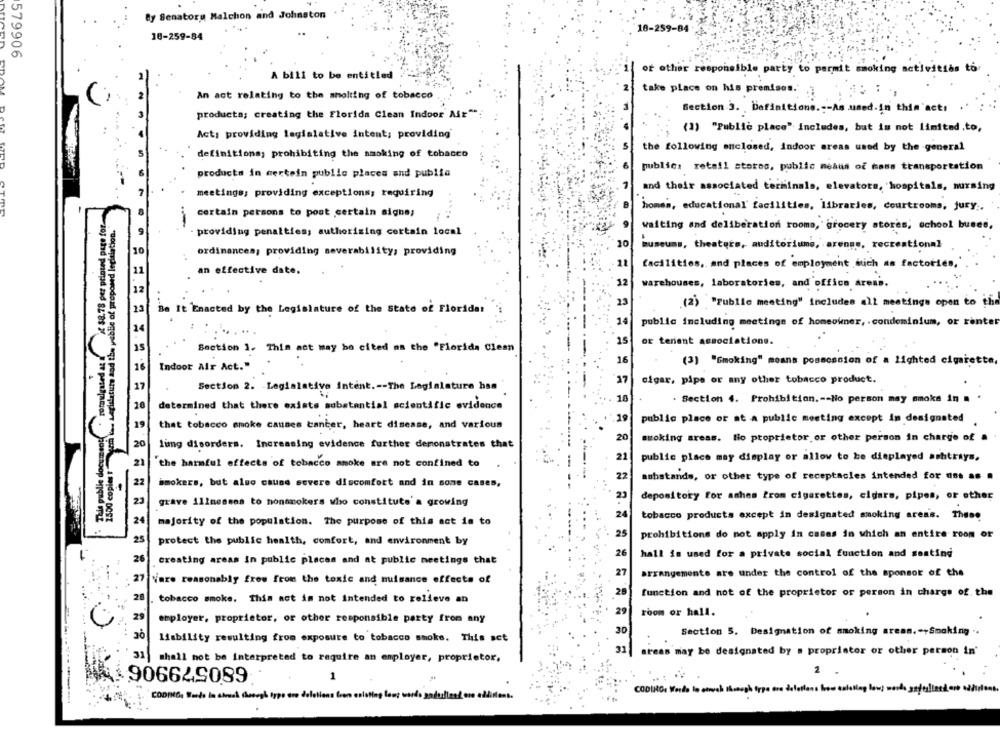
By Senators Malchon and Johnston
10-259-84
10-259-84
579906
A bill to be entitled
or other responsible party to permit smoking activities to
take place on his premises.
An act relating to the sholting of tobacco
producta; creating the Florida Clean Indoor Mix""
Section 3. Definitions .-- As uned.in thin 'acti
(3) "Public place" Includes, but is not limited.to,
Act, providing legislative intent; providing'
the following enclosed, indoor areas used by the general
definitions; prohibiting the sasking of tobacco
public: retail stores, public meaus of mass transportation
products in certein public places and publia
and their associated terminals, elevators, hospitals, nursing
meetings; providing exceptions; requiring
homes, educational' facilities, libraries, courtrooms, jury ..
$8.78 per printed page for.
certain persons to post certain signe;
2500 copies :"con ias Legislatiste and the public of proposed legitiation.
-
providing penalties; authorizing certain local
waiting and deliberation rooms, Grocery stores; school buses,
20
museums, theaters, auditoriume, arenas, recreational
10
ordinances, providing severability, providing
an effective date.
facilities, and places of employment much as factories,'.
32
warehouses, laboratories, and office areni.
23
(2) "Public meeting" includes all meetings open to ffi
Be It Enacted by the Legislature of the State of Florida!
14
public including meetings of homeowner, . condominium, or renter
15
or tenant associations.
Section 1. This act may be cited am the "Florida Clean
16
Indoor Air Act."
(3) "Smoking" means possession of a lighted cigarette,
37
cigar, pipe or any other tobacco product.
Section 2. Legislative intent .-- The Legislature han
. Section 4. Prohibition .-- No person may smoke in = '
determined that there exists substantial scientific evidence
10
19
public place or at A public meeting except in designated
that tobacco smoke causes cancer, heart disease, and various
20
smoking areas. Ho proprietor or other person in charge of a
limg disorders. Increasing evidence further demonstrates that
: This public doc
21
public place may display or allow to be displayed ashtrays,
21
the harmful effects of tobacco smoke are not confined to
22
ashstands, or other type of receptacles intended for uns as .
smokers, but also cause severe discomfort and in some cases,
depository for aches from cigarettes, cigars, pipes, or other
grave illnesses to nonsmokers who constitute' a growing
24
tobacco products except in designated smoking areas. These
majority of the population. The purpose of this act is to
25
protect the public health, comfort, and environment by
prohibitions do not apply in cases in which an entire room or
26
hall is used for a private social function and seating
creating areas in public places and at public meetings that
27
arrangements are under the control of the sponsor of the
Vare reasonably free from the toxic and nuisance effects of
28
function and not of the proprietor or person in charge of. the
28
tobacco smoke, this act im not intended to relieve an
29
room or hall.
29
employer, proprietor, or other responsible party from any
30
Section 5. Designation of smoking areas .- +Smoking ..
liability resulting from exposure to tobacco smoke. This act
31
areas may be designated by = proprietor or other person in'
shall not be interpreted to require an employer, proprietor.
680579906
1
1 .
CODING: Werde lo etwy
Irlens.
COMME, Bodo in alook through type are deletions from existing long words modulland one additions.